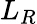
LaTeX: L_{R}